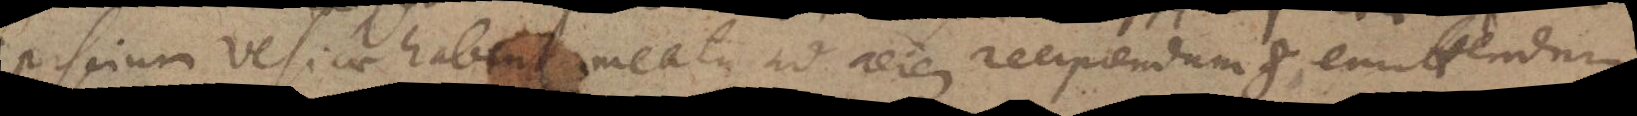
Piscium vesicae habent meatus ad aerem recipiendum et emittendum